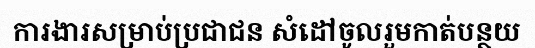
ការងារសម្រាប់ប្រជាជន សំដៅចូលរួមកាត់បន្ថយ